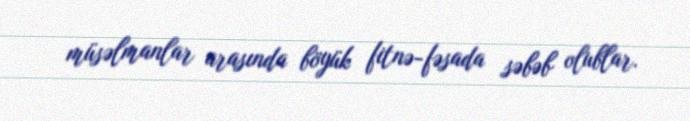
müsəlmanlar arasında böyük fitnə-fəsada səbəb olublar.